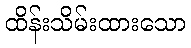
ထိန်းသိမ်းထားသော